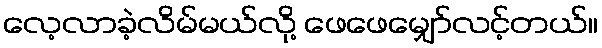
လေ့လာခဲ့လိမ်မယ်လို့ ဖေဖေမျှော်လင့်တယ်။